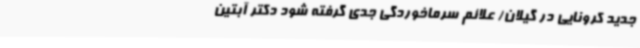
جدید کرونایی در گیلان/ علائم سرماخوردگی جدی گرفته شود دکتر آبتین